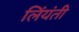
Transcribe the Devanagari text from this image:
लिंयंती